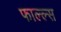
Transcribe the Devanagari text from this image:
फाल्ल्स